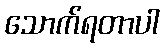
သောက်ရတာပါ